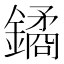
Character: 鐍